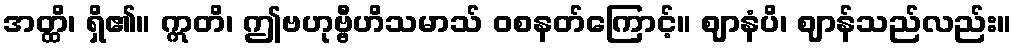
အတ္ထိ၊ ရှိ၏။ ဣတိ၊ ဤဗဟုဗ္ဗီဟိသမာသ် ဝစနတ်ကြောင့်။ ဈာနံပိ၊ ဈာန်သည်လည်း။